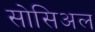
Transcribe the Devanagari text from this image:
सोसिअल